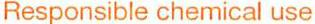
Responsible chemical use